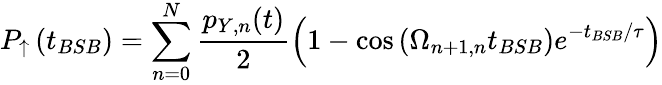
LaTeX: P_{\uparrow}\left(t_{BSB}\right)=\sum_{n=0}^{N}{\frac{p_{Y,n}(t)}{2}\left(1-\cos\left(\Omega_{n+1,n}t_{BSB}\right)e^{-t_{BSB}/\tau}\right)}